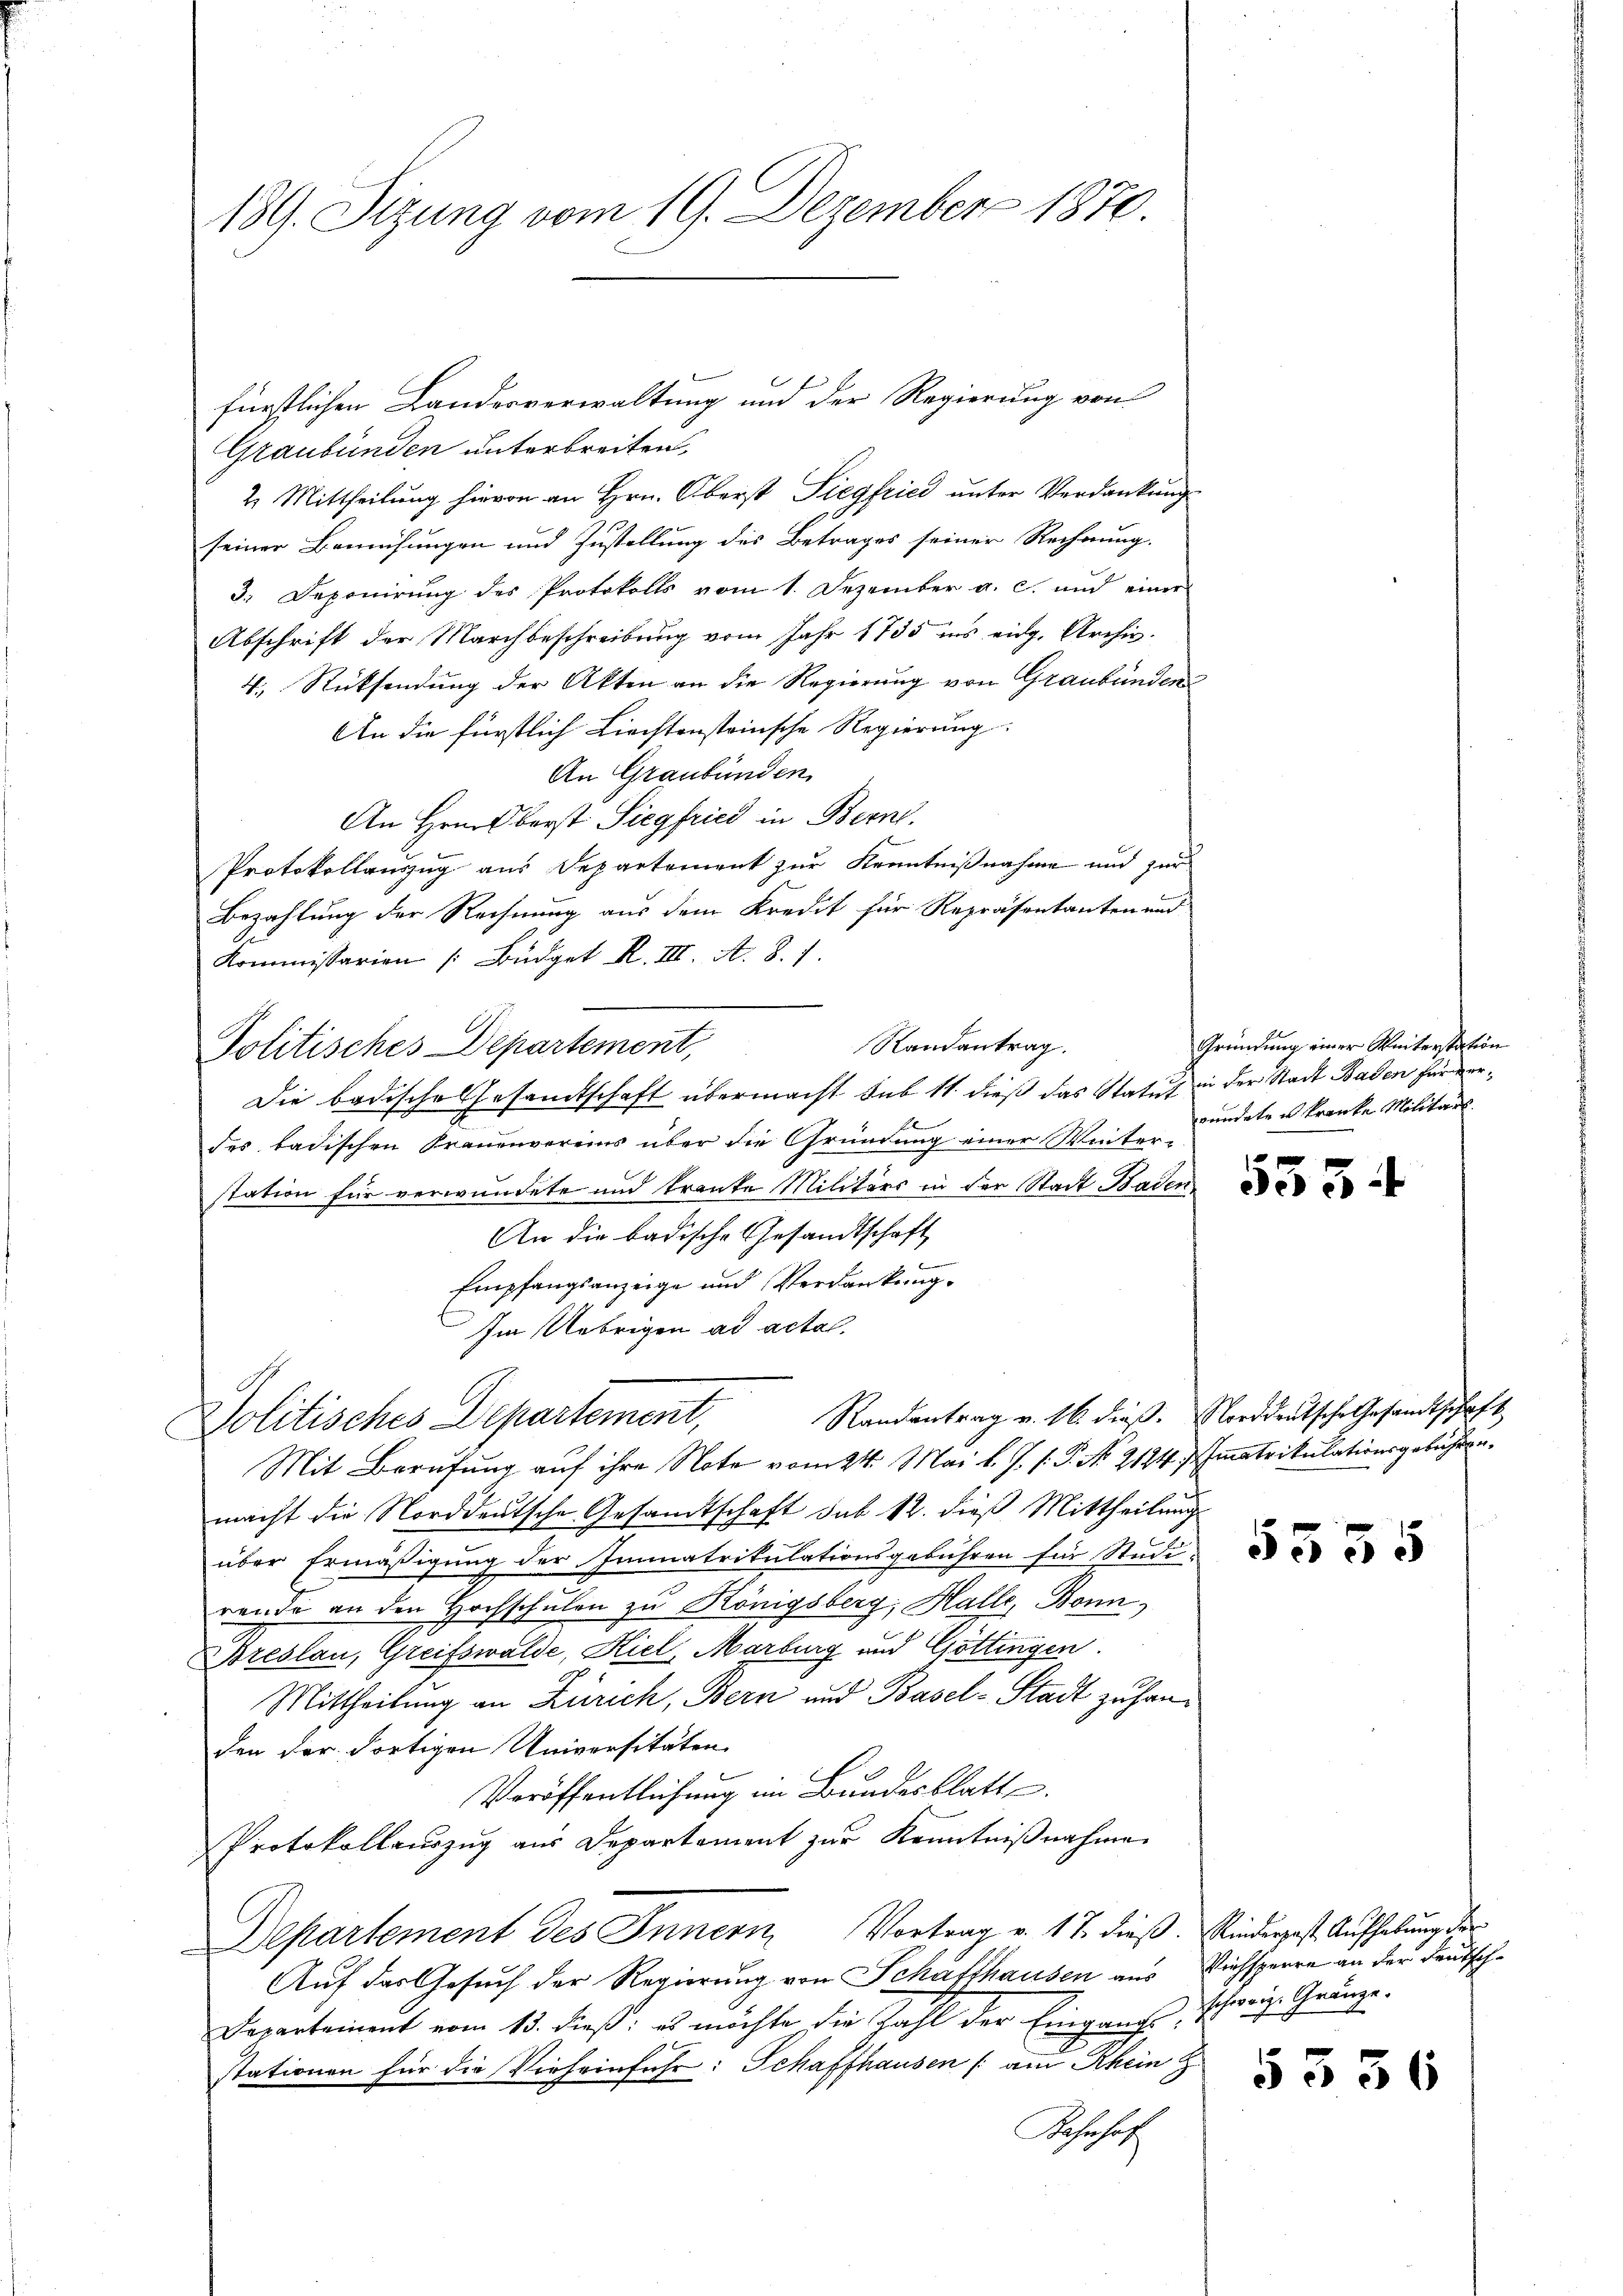
139. Sizung vom 19. Dezember 1870.

fürstlichen Landesverwaltung und der Regierung von
Graubünden unterbreiten,
2. Mittheilung hievon an Hrn. Oberst Siegfried unter Verdankung
seiner Bemühungen und Zustellung des Betrages seiner Rechnung.
3. Deponirung des Protokolls vom 1. Dezember a. c. und einer
Abschrift der Marchbeschreibung vom Jahr 1785 ins eidg. Archiv.
4., Rücksendung der Akten an die Regierung von Graubünden
An die fürstlich Liechtensteinsche Regierung.
An Graubünden
An Hrn. Berst Siegfried in Bern
Protokollauszug aus Departement zur Kenntnißnahme und zur
Bezahlung der Rechnung aus dem Kredit für Repräsentanten und
Kommissarien /: Büdget R. III. A. 8. 7
Randantrag.
Politisches Departement,
Die Badische Gesandtschaft übermacht sub 11. dieß das Statut in der Stadt Baden für verdes badischen Frauenvereins über die Gründung einer Winterstation für verwundete und kranke Militärs in der Stadt Baden
An die badische Gesandtschaft
Empfangsanzeige und Verdankung.
Im Uebrigen ad actal.
Randantrag v. 16. dieß. Norddeutsche Gesandtschaft
Politisches Departement,
Mit Berufung auf ihre Note vom 24. Mai l. J. J. P. No 2144. Immatrikulationsgebühren.
macht die Norddeutsche Gesandtschaft sub 12. dieß Mittheilung
über Ermäßigung der Immatrikulationsgebühren für Studi-
rende an den Hochschulen zu Königsberg, Halle, Bonn,
Breslau, Greifswalde, Kiel, Marburg und Göttingen.
Mittheilung an Zürich, Bern und Basel-Stadt zu handen der dortigen Universitäten
Veröffentlichung im Bundesblatt
Protokollauszug aus Departement zur Kenntnißnahme
Departement des Innern, Vortrag v. 17. dieß. Rinderpost Aufhebung der
Auf das Gesuch der Regierung von Schafthausen aus
Departement vom 13. dieß: es möchte die Zahl der Eingange, schweiz. Gränze.
stationen für die Vieheinführ: Schaffhausen /: am Rhein Z
Schusetz

Gründung einer Winterstation
wundete u. kranke Militärs

5335

Reichsperre an der Deutsch¬

5336